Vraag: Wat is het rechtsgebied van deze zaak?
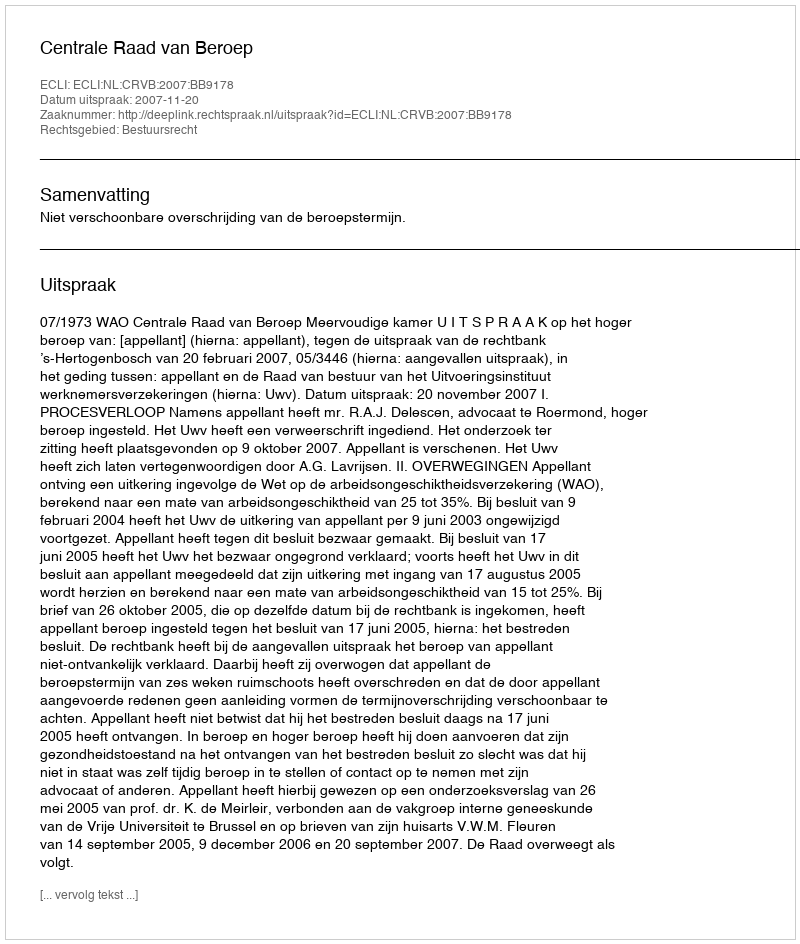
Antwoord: Bestuursrecht